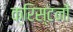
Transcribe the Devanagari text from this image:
क्रिस्टनों